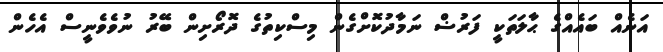
އަނެއް ބައެއްގެ ޙާލަތަކީ ފަރުޟް ނަމާދުކޮށްގެން މިސްކިތުގެ ދޮރޯށިން ބޭރު ނުވެވެނީސް އެހެން